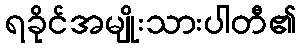
ရခိုင်အမျိုးသားပါတီ၏